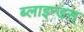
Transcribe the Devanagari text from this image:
ब्लाइन्डस्